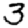
Digit: 3